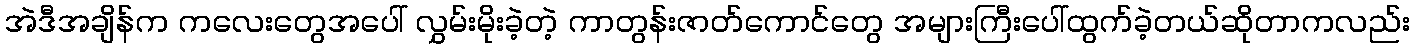
အဲဒီအချိန်က ကလေးတွေအပေါ် လွှမ်းမိုးခဲ့တဲ့ ကာတွန်းဇာတ်ကောင်တွေ အများကြီးပေါ်ထွက်ခဲ့တယ်ဆိုတာကလည်း